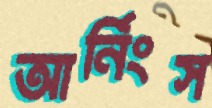
আর্নিংস